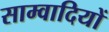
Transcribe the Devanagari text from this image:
साम्वादियों